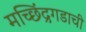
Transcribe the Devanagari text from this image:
मच्छिंद्रगडाची